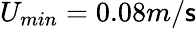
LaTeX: U_{min}=0.08m/\mathsf{s}